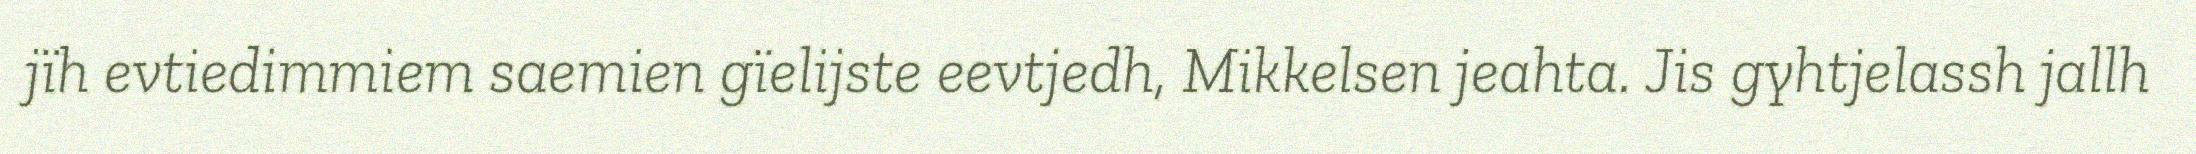
jïh evtiedimmiem saemien gïelijste eevtjedh, Mikkelsen jeahta. Jis gyhtjelassh jallh